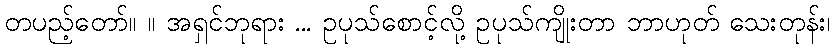
တပည့်တော်။ ။ အရှင်ဘုရား ... ဥပုသ်စောင့်လို့ ဥပုသ်ကျိုးတာ ဘာဟုတ် သေးတုန်း၊